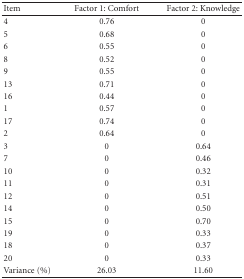
<table><thead><tr><td><b>Item</b></td><td><b>Factor 1: Comfort</b></td><td><b>Factor 2: Knowledge</b></td></tr></thead><tbody><tr><td> 4</td><td>0.76</td><td>0</td></tr><tr><td> 5</td><td>0.68</td><td>0</td></tr><tr><td> 6</td><td>0.55</td><td>0</td></tr><tr><td> 8</td><td>0.52</td><td>0</td></tr><tr><td> 9</td><td>0.55</td><td>0</td></tr><tr><td>13</td><td>0.71</td><td>0</td></tr><tr><td>16</td><td>0.44</td><td>0</td></tr><tr><td> 1</td><td>0.57</td><td>0</td></tr><tr><td>17</td><td>0.74</td><td>0</td></tr><tr><td> 2</td><td>0.64</td><td>0</td></tr><tr><td> 3</td><td>0</td><td>0.64</td></tr><tr><td> 7</td><td>0</td><td>0.46</td></tr><tr><td>10</td><td>0</td><td>0.32</td></tr><tr><td>11</td><td>0</td><td>0.31</td></tr><tr><td>12</td><td>0</td><td>0.51</td></tr><tr><td>14</td><td>0</td><td>0.50</td></tr><tr><td>15</td><td>0</td><td>0.70</td></tr><tr><td>19</td><td>0</td><td>0.33</td></tr><tr><td>18</td><td>0</td><td>0.37</td></tr><tr><td>20</td><td>0</td><td>0.33</td></tr><tr><td>Variance (%)</td><td>26.03</td><td>11.60</td></tr></tbody></table>